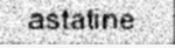
astatine